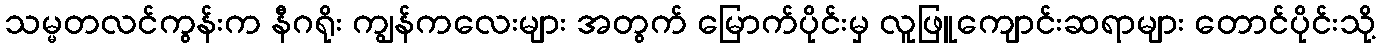
သမ္မတလင်ကွန်းက နီဂရိုး ကျွန်ကလေးများ အတွက် မြောက်ပိုင်းမှ လူဖြူကျောင်းဆရာများ တောင်ပိုင်းသို့